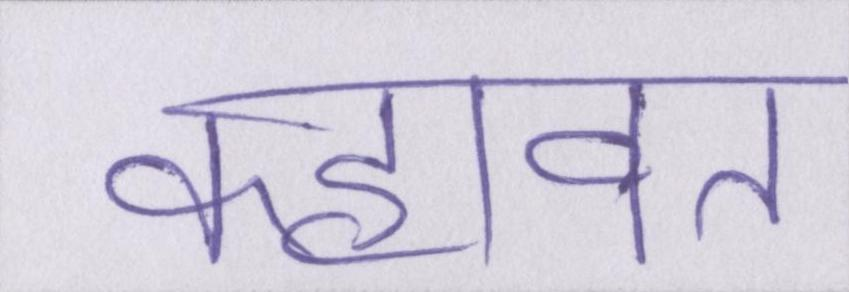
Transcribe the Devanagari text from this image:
कहावत